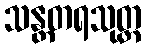
သန္တတရသုတ္တ